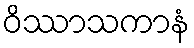
ဝိဿာသကာနံ